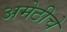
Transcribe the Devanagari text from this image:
अमेठीचे